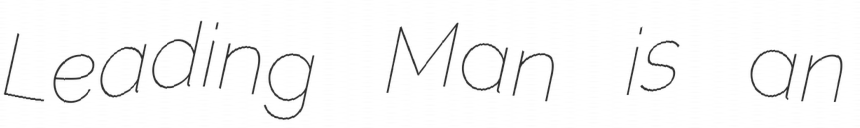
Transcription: Leading Man is an